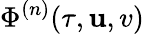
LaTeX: \Phi^{(n)}(\tau,\mathbf{u},v)